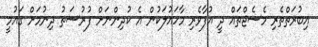
އިބުރަތްތެރި މެސެޖްތައް ދީ އުފާވެރި މާހައުލަކުން އެ ކުދިންނަށް ފުރުސަތު ދިނުމަށް ގައުމީ